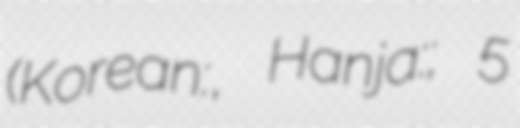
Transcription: (Korean:윤치오, Hanja:尹致旿; 5